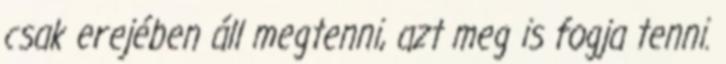
csak erejében áll megtenni, azt meg is fogja tenni.